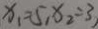
x _ { 1 } = 5 , x _ { 2 } = 3